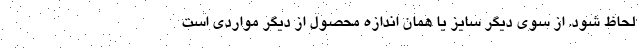
لحاظ شود. از سوی دیگر سایز یا همان اندازه محصول از دیگر مواردی است